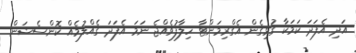
އަދި އެފަދަ ކަމަކާ ގުޅިގެން އެގްރިމަންޓާ ހިލާފުވެއްޖެ ނަމަ އެފަދަ ގެއްލުމެއް ކޮންސެޝަން